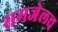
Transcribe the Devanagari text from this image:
समजेलच